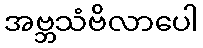
အဗ္ဘသံဗိလာပေါ